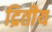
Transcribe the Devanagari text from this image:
द्रितीय